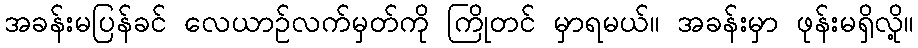
အခန်းမပြန်ခင် လေယာဉ်လက်မှတ်ကို ကြိုတင် မှာရမယ်။ အခန်းမှာ ဖုန်းမရှိလို့။